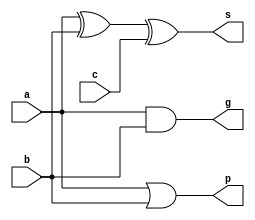
`timescale 1ns / 1ps
//////////////////////////////////////////////////////////////////////////////////
// Company: 
// Engineer: 
// 
// Design Name: 
// Module Name: full_adder
// Project Name: 
// Target Devices: 
// Tool Versions: 
// Description: 
// 
// Dependencies: 
// 
// Revision:
// Revision 0.01 - File Created
// Additional Comments:
// 
//////////////////////////////////////////////////////////////////////////////////


module full_adder(a,b,c,s,p,g);
    input a,b,c;
    output s,p,g;
    assign g=a&b;
    assign p=a|b;
    assign s=(a^b)^c;
endmodule